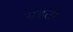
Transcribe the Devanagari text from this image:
सडती